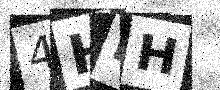
Text: 4HBH